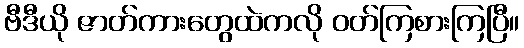
ဗီဒီယို ဇာတ်ကားတွေထဲကလို ဝတ်ကြစားကြပြီ။